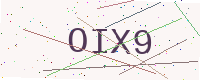
Text: OIX9